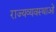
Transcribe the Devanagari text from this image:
राज्यव्यवस्थाओं